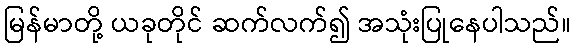
မြန်မာတို့ ယခုတိုင် ဆက်လက်၍ အသုံးပြုနေပါသည်။